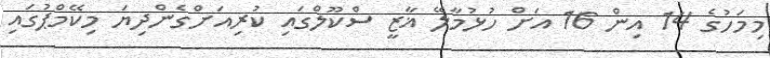
މިމަހުގެ 14 އިން 16 އަށް ހުޅުމާލޭ ޣާޒީ ސްކޫލްގައި ކުރިއަށްގެންދިޔަ މިކޭމްޕުގައި